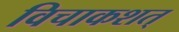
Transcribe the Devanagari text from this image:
विचाकशत्